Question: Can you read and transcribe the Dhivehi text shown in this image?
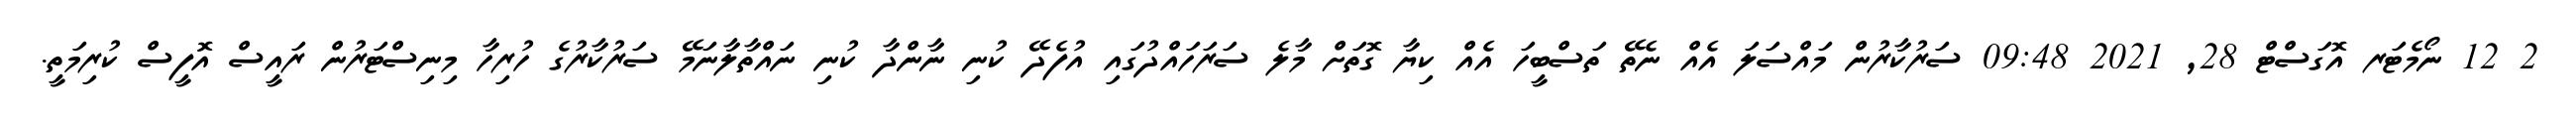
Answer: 2 12 ނޯމެޓަރ އޮގަސްޓް 28, 2021 09:48 ސަރުކާރުން މައްސަލަ އެއް ނެތޭ ތަސްބީހަ އެއް ކިޔާ ގޮތަށް މާލެ ސަރަހައްދުގައި އުފެދޭ ކުނި ނާންދާ ކުނި ނައްތާލާނަމޭ ސަރުކާރުގެ ހުރިހާ މިނިސްޓަރުން ރައީސް އޮފީސް ކުރިމަތީ.